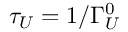
\tau _ { U } = 1 / \Gamma _ { U } ^ { 0 }